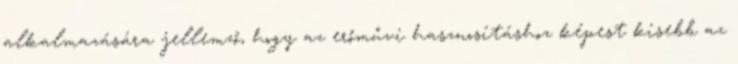
alkalmazására jellemző, hogy az erőművi hasznosításhoz képest kisebb az